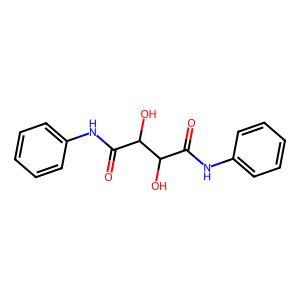
SMILES: O=C(Nc1ccccc1)C(O)C(O)C(=O)Nc1ccccc1
Inhibits HIV replication: No